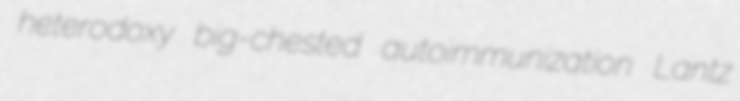
heterodoxy big-chested autoimmunization Lantz